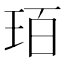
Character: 𤤿